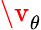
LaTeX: \v_{\theta}